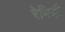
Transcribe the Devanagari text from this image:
रेमिडी